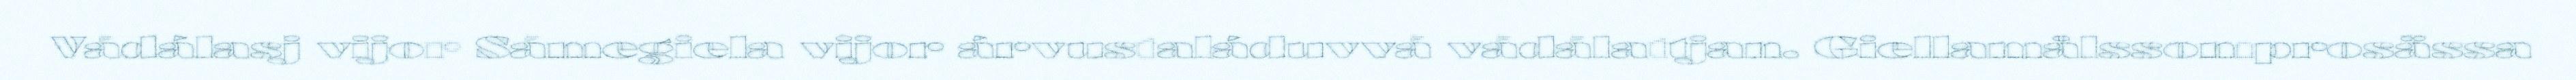
Vádálasj vijor Sámegiela vijor árvustaláduvvá vádálattjan. Giellamålssomprosässa